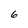
Character: 6